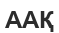
ААҚ